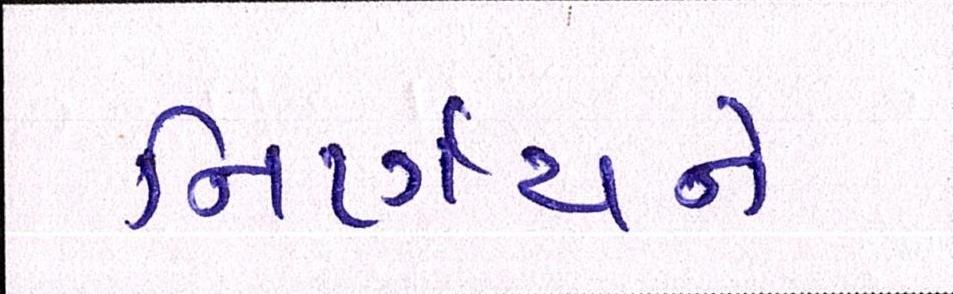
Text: નિર્ણયને